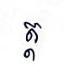
ត្ត